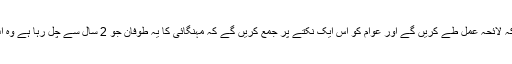
مسلم لیگ(ن) کے رہنما نے کہا کہ ہم اپوزیشن جماعتوں سے مل کر مشترکہ لائحہ عمل طے کریں گے اور عوام کو اس ایک نکتے پر جمع کریں گے کہ مہنگائی کا یہ طوفان جو 2 سال سے چل رہا ہے وہ اب سونامی کی شکل اختیار کرچکا ہے اور اس کے آگے بند باندھا جاسکے۔